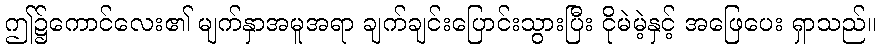
ဤ၌ကောင်လေး၏ မျက်နှာအမူအရာ ချက်ချင်းပြောင်းသွားပြီး ငိုမဲမဲ့နှင့် အဖြေပေး ရှာသည်။